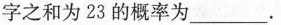
字之和为23的概率为\underline。